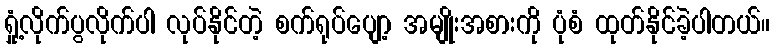
ရှုံ့လိုက်ပွလိုက်ပါ လုပ်နိုင်တဲ့ စက်ရုပ်ပျော့ အမျိုးအစားကို ပုံစံ ထုတ်နိုင်ခဲ့ပါတယ်။